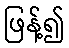
ဖြန့်၍